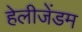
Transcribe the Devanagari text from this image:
हेलीजेंडम